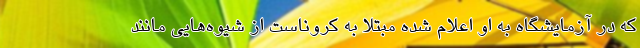
که در آزمایشگاه به او اعلام شده مبتلا به کروناست از شیوه‌هایی مانند